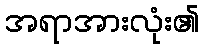
အရာအားလုံး၏